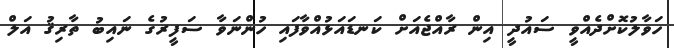
ހަވާލުކޮށްދެއްވީ ސައުދީ އިން ރާއްޖެއަށް ކަނޑައަޅުއްވާފައި ހުންނަވާ ސަފީރުގެ ނައިބު ތާރިޤު އަލް